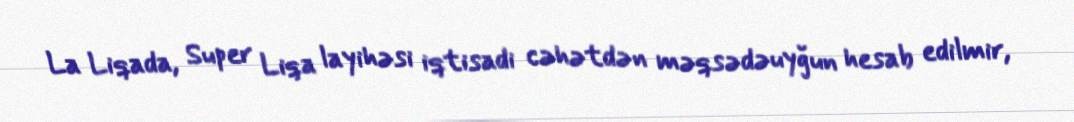
La Liqada, Super Liqa layihəsi iqtisadi cəhətdən məqsədəuyğun hesab edilmir,